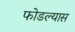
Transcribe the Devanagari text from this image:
फोडल्यास